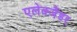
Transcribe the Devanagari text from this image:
एलेक्जैंडर